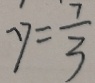
y = \frac { 7 } { 3 }